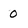
Character: 0